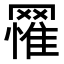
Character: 𦌐